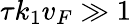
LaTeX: \tau k_{1}v_{F}\gg 1